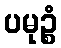
ပမုဉ္စံ